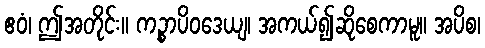
ဧဝံ၊ ဤအတိုင်း။ ကဉ္စာပိဝဒေယျ၊ အကယ်၍ဆိုစေကာမူ။ အပိစ၊